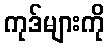
ကုဒ်များကို